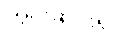
ကွင်းဆင်း၍